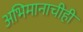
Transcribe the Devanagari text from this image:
अभिमानाचीही